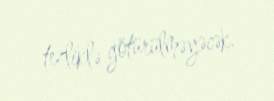
tezliklə götürülməyəcək.